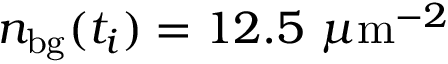
n _ { \mathrm { b g } } ( t _ { i } ) = 1 2 . 5 ~ \mu \mathrm { m } ^ { - 2 }